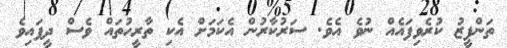
ތަންފީޒު ކުރެވިފައެއް ނުވެ އެވެ. ސަރުކާރުން އެކަމަށް އެކި ތާރީހުތައް ވެސް ދީފައިވެ